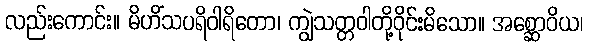
လည်းကောင်း။ မိဟိံသပရိဝါရိတော၊ ကျွဲသတ္တဝါတို့ဝိုင်းမိသော။ အစ္ဆောဝိယ၊